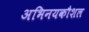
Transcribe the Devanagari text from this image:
अभिनयकौशल